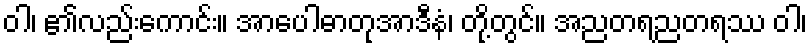
ဝါ၊ ၏လည်းကောင်း။ အာပေါဓာတုအာဒီနံ၊ တို့တွင်။ အညတရညတရဿ ဝါ၊